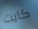
كايت